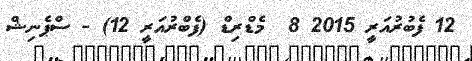
12 ފެބުރުއަރީ 2015 8  މެޑްރިޑް (ފެބްރުއަރީ 12) - ސްޕެނިޝް